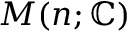
M ( n ; \mathbb { C } )